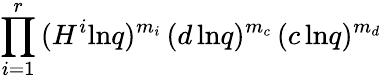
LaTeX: \prod_{i=1}^{r}\, (H^{i}\mathrm{ln}q)^{m_{i}}\, (d\, \mathrm{ln}q)^{m_{c}}\, (c\, \mathrm{ln}q)^{m_{d}}